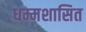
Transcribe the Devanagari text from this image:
धम्मशासित